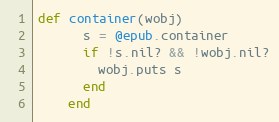
Language: Ruby
def container(wobj)
      s = @epub.container
      if !s.nil? && !wobj.nil?
        wobj.puts s
      end
    end